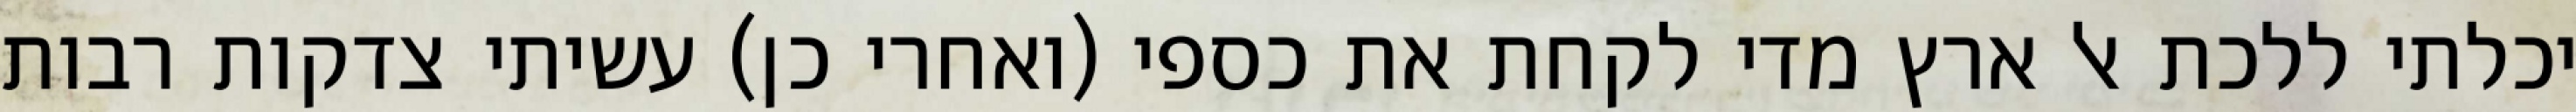
יכלתי ללכת אל ארץ מדי לקחת את כספי (ואחרי כן) עשיתי צדקות רבות